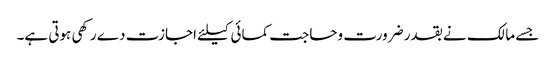
جسے مالک نے بقدر ضرورت وحاجت کمائی کیلئے اجازت دے رکھی ہوتی ہے۔